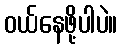
ဝယ်နေဖို့ပါပဲ။